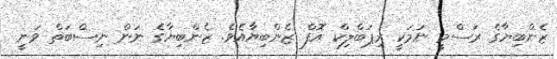
ޒެންބިޔާގެ ރަސްމީ ނަމަކީ ރިޕަބްލިކް އޮފް ޒެންބިޔާއެވެ. ޒެންބިޔާގެ ނަން ނިސްބަތް ވަނީ